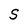
Character: s